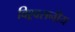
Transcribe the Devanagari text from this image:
विश्र्वसनीय